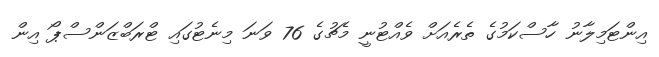
އިންޓަމިލާނު ހާސްކަމުގެ ތެރެއަށް ވެއްޓުނީ މެޗުގެ 76 ވަނަ މިނެޓުގައި ޓްރަބްޒަންސްޕޯ އިން